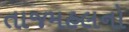
તાજમહલનો